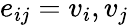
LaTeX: e_{ij}={v_{i},v_{j}}